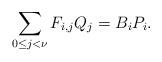
LaTeX: \begin{align*} \sum_{0 \le j <\nu} F_{i,j} Q_j = B_i P_i.\end{align*}